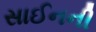
સાઈનની